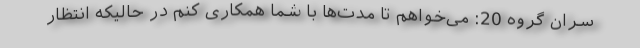
سران گروه 20: می‌خواهم تا مدت‌ها با شما همکاری کنم در حالیکه انتظار